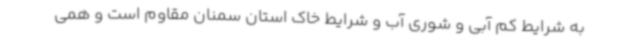
به شرایط کم آبی و شوری آب و شرایط خاک استان سمنان مقاوم است و همی